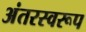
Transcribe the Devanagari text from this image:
अंतरस्वरूप